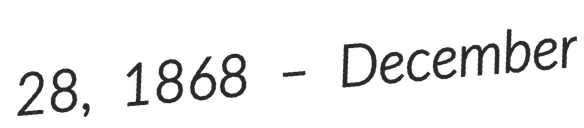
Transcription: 28, 1868 – December